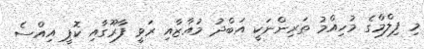
މި ފިލްމްގެ މުހިއްމު ތަރިންނަކީ އަބްދު މުއާޒާއި ރަވީ ފާރޫގާއި ކޮޕީ އިއްސެ